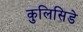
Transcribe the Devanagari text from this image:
कुलिसिडे